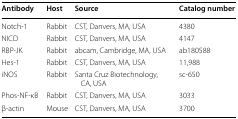
<table><thead><tr><td><b>Antibody</b></td><td><b>Host</b></td><td><b>Source</b></td><td><b>Catalog number</b></td></tr></thead><tbody><tr><td>Notch-1</td><td>Rabbit</td><td>CST, Danvers, MA, USA</td><td>4380</td></tr><tr><td>NICD</td><td>Rabbit</td><td>CST, Danvers, MA, USA</td><td>4147</td></tr><tr><td>RBP-JK</td><td>Rabbit</td><td>abcam, Cambridge, MA, USA</td><td>ab180588</td></tr><tr><td>Hes-1</td><td>Rabbit</td><td>CST, Danvers, MA, USA</td><td>11,988</td></tr><tr><td>iNOS</td><td>Rabbit</td><td>Santa Cruz Biotechnology, CA, USA</td><td>sc-650</td></tr><tr><td>Phos-NF-κB</td><td>Rabbit</td><td>CST, Danvers, MA, USA</td><td>3033</td></tr><tr><td>β-actin</td><td>Mouse</td><td>CST, Danvers, MA, USA</td><td>3700</td></tr></tbody></table>